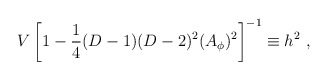
\begin{align*}V\left[1-{1\over 4}(D-1)(D-2)^2 (A_\phi)^2\right]^{-1}\equiv h^2~,\end{align*}